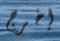
إخرج